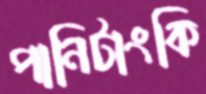
পানিটাংকি